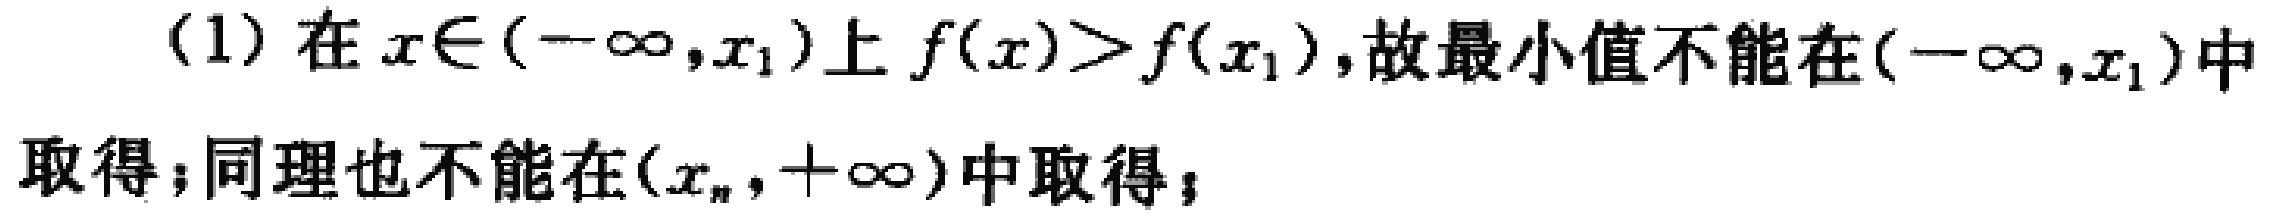
(1) 在 \(x\in(-\infty,x_{1})\) 上 \(f(x)>f(x_{1})\)，故最小值不能在 \((-\infty,x_{1})\) 中取得；同理也不能在 \((x_{n},+\infty)\) 中取得；